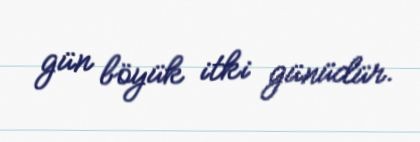
gün böyük itki günüdür.